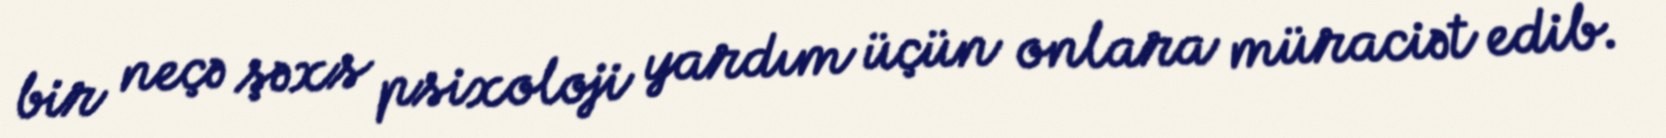
bir neçə şəxs psixoloji yardım üçün onlara müraciət edib.